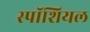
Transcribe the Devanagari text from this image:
स्पॉशियल